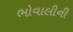
ભોવાલીની